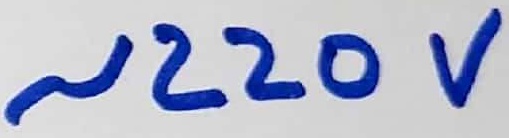
Text: ~220V